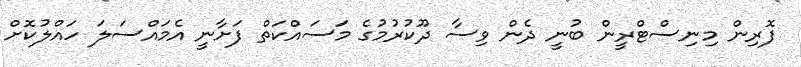
ފޮރިން މިނިސްޓްރީން ބުނީ ދެން ވިސާ ދޫކުރުމުގެ މަސައްކަތް ފަށާނީ އެމައްސަލަ ހައްލުކޮށް